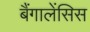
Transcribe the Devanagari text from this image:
बैंगालेंसिस